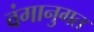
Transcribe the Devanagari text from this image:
वंगानुगत